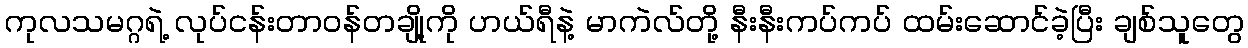
ကုလသမဂ္ဂရဲ့ လုပ်ငန်းတာဝန်တချို့ကို ဟယ်ရီနဲ့ မာကဲလ်တို့ နီးနီးကပ်ကပ် ထမ်းဆောင်ခဲ့ပြီး ချစ်သူတွေ